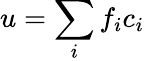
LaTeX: u=\sum_{i}f_{i}c_{i}